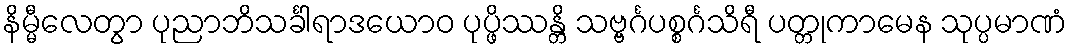
နိမ္မီလေတွာ ပုညာဘိသင်္ခါရာဒယောဝ ပုပ္ဖိဿန္တိ သဗ္ဗင်္ဂပစ္စင်္ဂသိရီ ပတ္တုကာမေန သုပ္ပမာဏံ